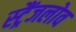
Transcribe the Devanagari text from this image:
स्ट्रैंजलोव